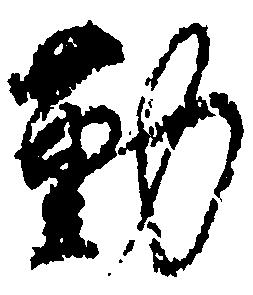
勤